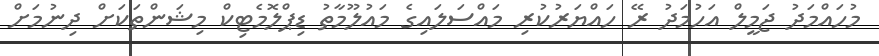
މުހައްމަދު ޖަމީލް އަހުމަދު ރޭ ހައްޔަރުކުރި މައްސަލައިގެ މައުލޫމާތު ޑިޕްލޮމެޓިކް މިޝަންތަކަށް ދިނުމަށް